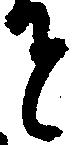
せ